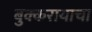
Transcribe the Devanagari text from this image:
बुक्करायाचा